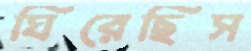
ঘিরেছিস